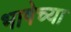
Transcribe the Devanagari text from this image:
भाषेच्‍या